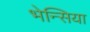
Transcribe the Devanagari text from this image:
भेन्सिया